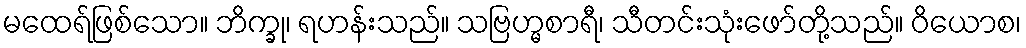
မထေရ်ဖြစ်သော။ ဘိက္ခု၊ ရဟန်းသည်။ သဗြဟ္မစာရီ၊ သီတင်းသုံးဖော်တို့သည်။ ဝိယောစ၊